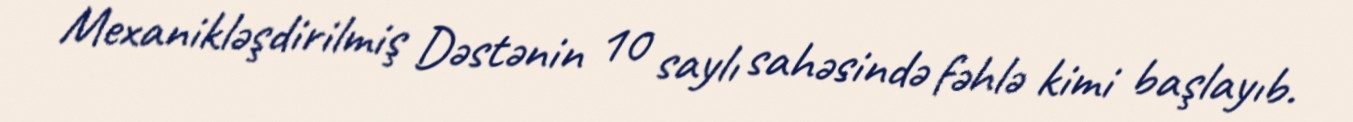
Mexanikləşdirilmiş Dəstənin 10 saylı sahəsində fəhlə kimi başlayıb.